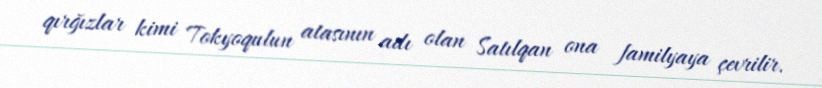
qırğızlar kimi Tokyoqulun atasının adı olan Satılqan ona familyaya çevrilir.